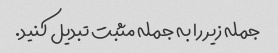
جمله زیر را به جمله مثبت تبدیل کنید.